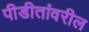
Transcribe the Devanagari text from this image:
पीडीतांवरील